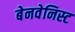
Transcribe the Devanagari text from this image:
बेनवेनिस्ट